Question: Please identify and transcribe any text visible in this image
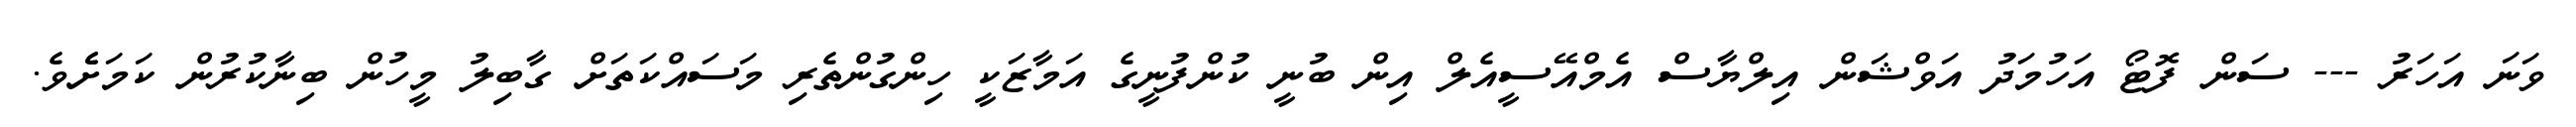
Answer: ވަނަ އަހަރު --- ސަން ފޮޓޯ އަހުމަދު އަވްޝަން އިލްޔާސް އެމްއޭސީއެލް އިން ބުނީ ކުންފުނީގެ އަމާޒަކީ ހިންގުންތެރި މަސައްކަތަށް ގާބިލު މީހުން ބިނާކުރުން ކަމަށެެވެ.